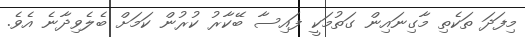
މިފަދަ ތަކެތި މާގިނައިން ގަތުމަކީ ފައިސާ ބޭކާރު ކުރުން ކަމަށް ބެލެވިދާނެ އެވެ.